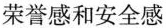
荣誉感和安全感